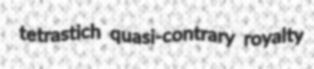
tetrastich quasi-contrary royalty